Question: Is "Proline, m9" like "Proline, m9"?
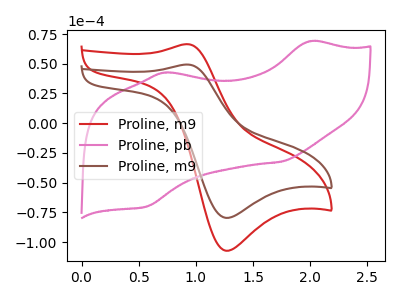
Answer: <think>The red curve "Proline, m9" has an anodic peak at (0.90V, 66.50uA) and a cathodic peak at (1.25V, -107.30uA). The pink curve "Proline, pb" has anodic peaks at (2.00V, 68.90uA) (0.75V, 42.55uA) and cathodic peaks at (1.75V, -32.45uA) (0.55V, -70.05uA). The brown curve "Proline, m9" has an anodic peak at (0.90V, 49.35uA) and a cathodic peak at (1.25V, -79.65uA).
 All the peaks in "Proline, m9" have a peak in "Proline, m9" at the same potential. Every peak in "Proline, m9" is lower than every peak in "Proline, m9".</think>
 <answer>"Proline, m9" and "Proline, m9" are similar in shape.</answer>
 <eval>same_shape</eval>